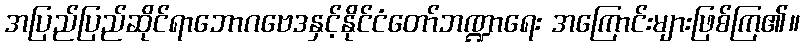
အပြည်ပြည်ဆိုင်ရာဘောဂဗေဒနှင့်နိုင်ငံတော်ဘဏ္ဍာရေး အကြောင်းများဖြစ်ကြ၏။